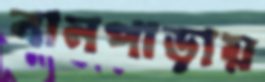
বানপাড়ায়